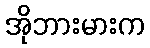
အိုဘားမားက